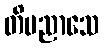
တိပညာသေ